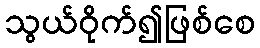
သွယ်ဝိုက်၍ဖြစ်စေ